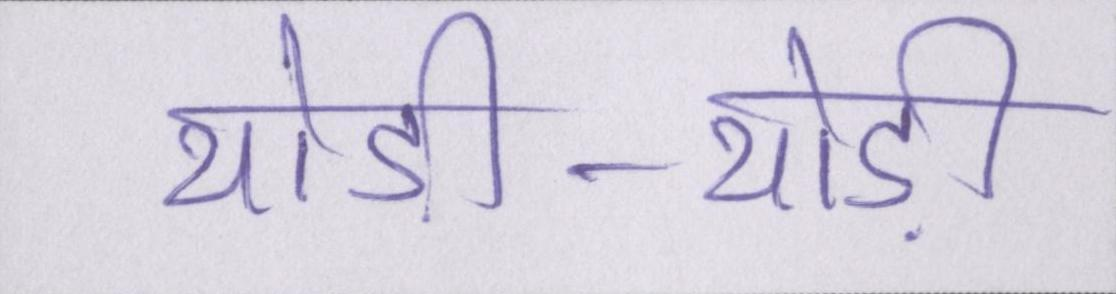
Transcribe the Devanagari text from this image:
थोड़ी-थोड़ी